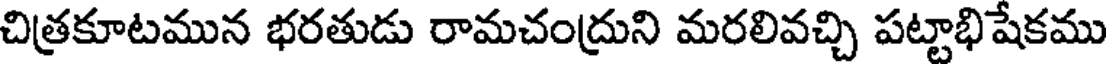
చిత్రకూటమున భరతుడు రామచంద్రుని మరలివచ్చి పట్టాభిషేకము